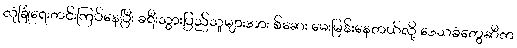
လုံခြုံရေးတင်းကြပ်နေပြီး ခရီးသွားပြည်သူများအား စ်ဆေး မေးမြန်းနေတယ်လို့ ဒေသခံတွေဆီက